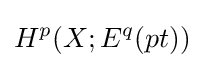
H^{p}(X;E^{q}(pt))